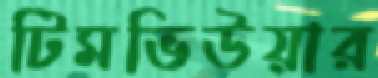
টিমভিউয়ার